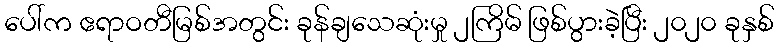
ပေါ်က ဧရာဝတီမြစ်အတွင်း ခုန်ချသေဆုံးမှု ၂ကြိမ် ဖြစ်ပွားခဲ့ပြီး ၂၀၂၀ ခုနှစ်